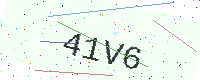
Text: 41V6